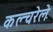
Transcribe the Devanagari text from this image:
कल्चरेले